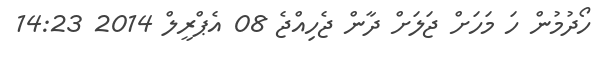
ހޯދުމުން ހަ މަހަށް ޖަލަށް ދާން ޖެހިއްޖެ 08 އެޕްރީލް 2014 14:23